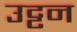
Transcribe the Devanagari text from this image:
उट्टन